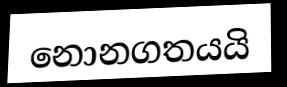
නොනගතයයි